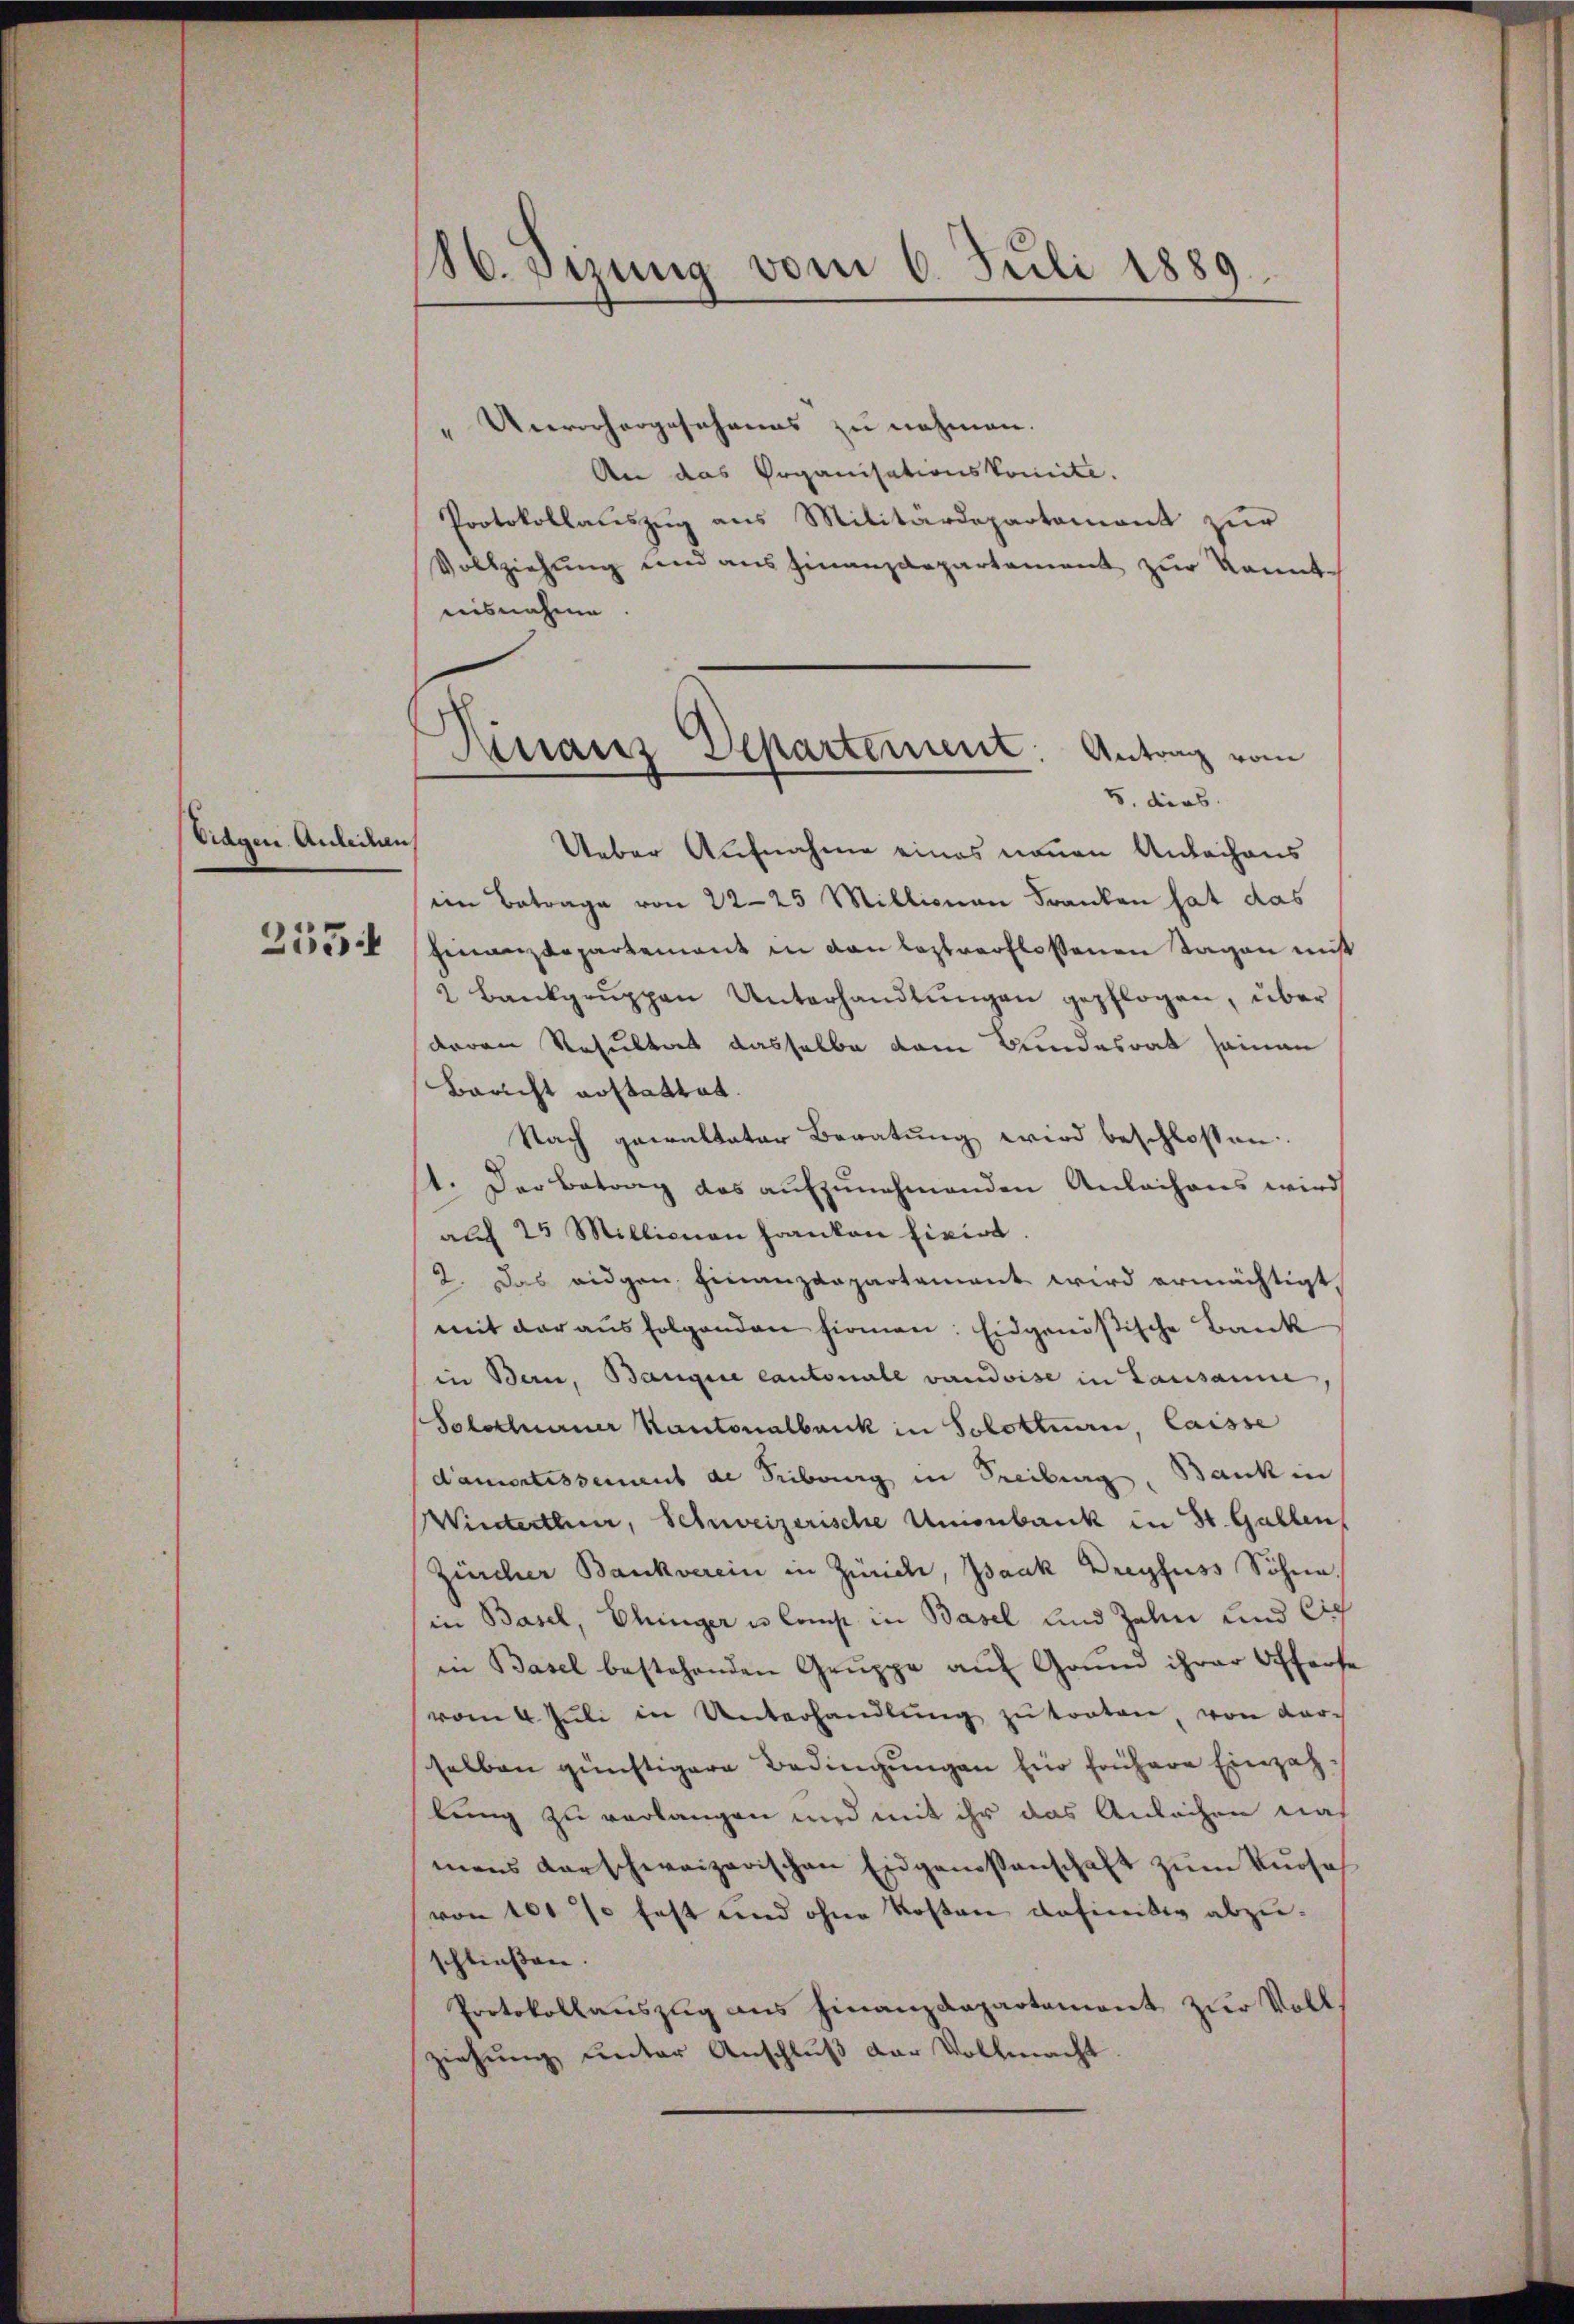
Tragen Anleihen

255.

86. Sizung vom 6. Juli 1889.

" Unverhergesehenes zu nehmen.
An das Organisationskomite.
Protokollauszug aus Militärdepartament zur
Vollziehŭng und ans Finanzdepartement zŭr kannt-
aisnahme

Rinaus Departement: Antrag vom
1. dies

Ueber Aufnahme eines neuen Anlachens
im Betrage von 22—25 Millionen Franken hat das
Finanzdepartement in von leztverfloßenen Tagen ni
2 Bankgrŭppen Unterhandlŭngen gepflogen, über
deren Resultat dasselbe vom Bundesrat seinen
Bericht erstattet.
Nach gewalteter Beratung wird beschlossen:
1. Der Betrag das aufzunehmenden Anlachens wird
auf 25 Millionen Franken fixirt
2. Das eidgen, Finanzdepartement wird ermächtigt
mit der aŭsfolgenden Firmen: Eidgenößische Bank
in Bern, Bangire cantonale vaudoise in Lausanne
Solothurner Kantonalbank in Solottuen, laisse
damortissement de Tribung in Treiburg, Bank in
Winterthur, Schweizerische Umonbank in St. Gallen
Zürcher Bankverein in Zürich, Isaak Dreyfuss Söhne,
in Basel, Ehringer u. Comp in Basel und Zahn und Cig
in Basel bestehenden Gruppe auf Grund ihrer Offerse
vom 4. Jŭli in Unterhandlŭng zŭ traten, von dar-
selben günstigere Bedingŭngen für frühere Einzah
lung zu verlangen und mit ihr das Anlächen nah
mens darschweizerischen Eidgenossenschaft zum Kurses
von 100 so fest und ohne Kosten definitiv abzuschließen.
Protokollauszug aus Finanzdepartement zur Vollziehŭng ŭnter Anschlŭβ der Vollmacht.